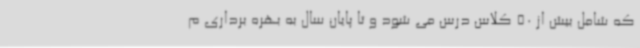
که شامل بیش از 50 کلاس درس می شود و تا پایان سال به بهره برداری م